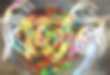
বিছালি